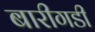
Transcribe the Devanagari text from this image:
बारीगडी